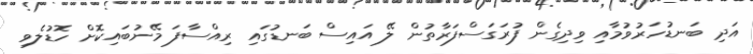
އަދި ބަނޑުހަރުވުމާއި ވިދިގެން ފުރަގަސްފަރާތުން ލޭ އައިސް ބަނޑުގައި ރިއްސާފަ މޭނުބައިކޮށް ހޮޑުލެވި